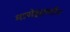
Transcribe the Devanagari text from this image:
मासेहुएल्टीन